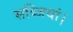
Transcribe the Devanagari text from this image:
सब्जियां।